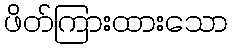
ဖိတ်ကြားထားသော